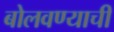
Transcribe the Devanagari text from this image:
बोलवण्याची